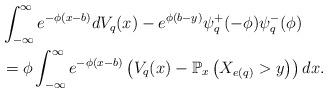
LaTeX: \begin{align*}&\int_{-\infty}^{\infty}e^{-\phi(x-b)}dV_q(x)-e^{\phi (b-y)}\psi_q^+(-\phi)\psi_q^-(\phi)\\&=\phi \int_{-\infty}^{\infty}e^{-\phi(x-b)}\left(V_q(x)-\mathbb P_x\left(X_{e(q)}> y\right)\right)dx.\end{align*}